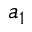
a _ { 1 }